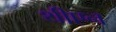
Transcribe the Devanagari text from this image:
थीएन